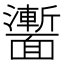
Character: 𩉍